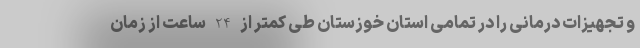
و تجهیزات درمانی را در تمامی استان خوزستان طی کمتر از 24 ساعت از زمان